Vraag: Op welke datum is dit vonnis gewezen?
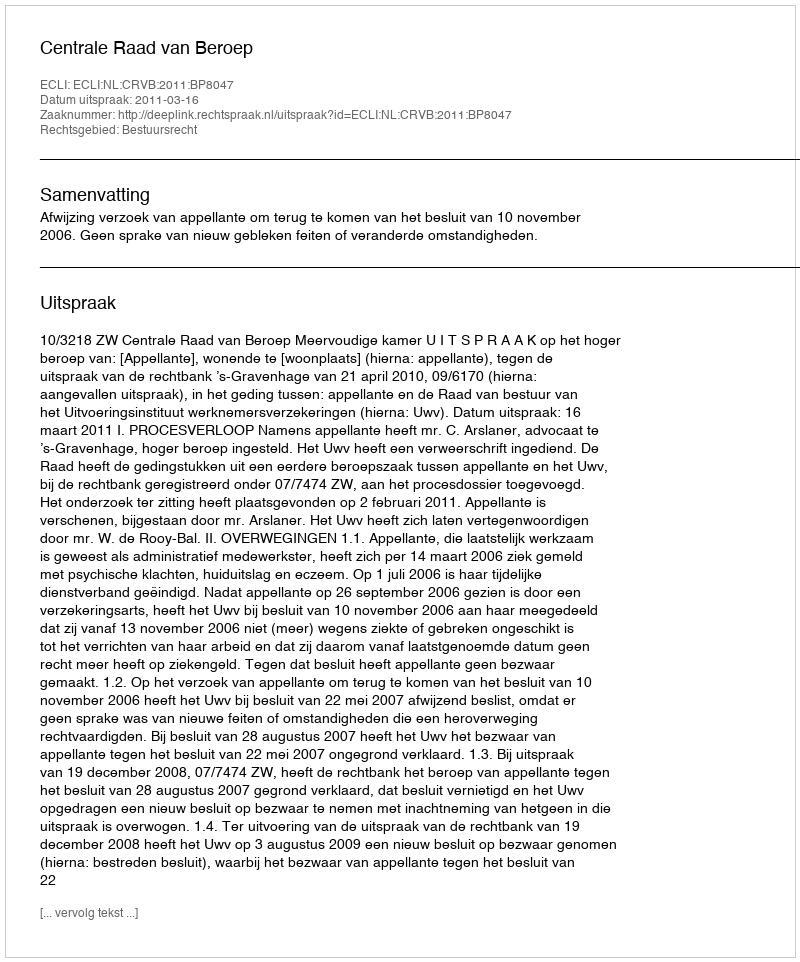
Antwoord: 2011-03-16